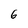
Character: 6